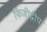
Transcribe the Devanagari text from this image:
फिजीद्वीप